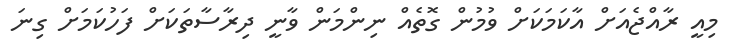
މިއީ ރާއްޖެއަށް އާކަމަކަށް ވުމުން ގޮތެއް ނިންމަން ވާނީ ދިރާސާތަކަށް ފަހުކަމަށް ގިނަ